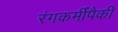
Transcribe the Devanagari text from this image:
रंगकर्मींपैकी